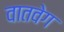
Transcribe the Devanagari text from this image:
वातवेग